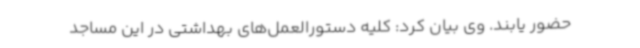
حضور یابند. وی بیان کرد: کلیه دستورالعمل‌های بهداشتی در این مساجد